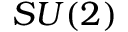
S U ( 2 )